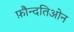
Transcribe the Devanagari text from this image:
फ़ौन्दतिओन